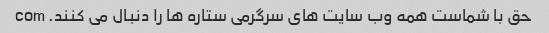
حق با شماست همه وب سایت های سرگرمی ستاره ها را دنبال می کنند. com